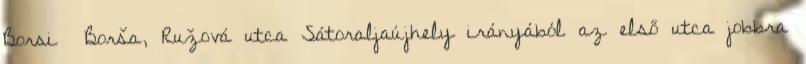
Borsi Borša, Ružová utca Sátoraljaújhely irányából az első utca jobbra